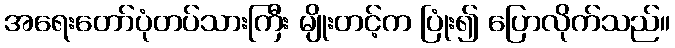
အရေးတော်ပုံတပ်သားကြီး မျိုးတင့်က ပြုံး၍ ပြောလိုက်သည်။